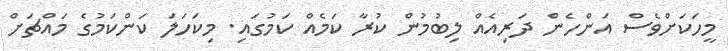
މީހަކަށްވެސް އަންހެން ދަރިއެއް ލިބުމުން ކުރާ ކަމެއް ކަމުގައި. މިކަހަލަ ކަންކަމުގެ މައްޗަށް